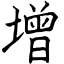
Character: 增